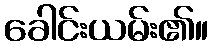
ခေါင်းယမ်း၏။